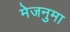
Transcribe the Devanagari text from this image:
मेजनुमा